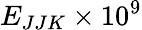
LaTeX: E_{JJK}\times 10^{9}